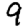
Digit: 9